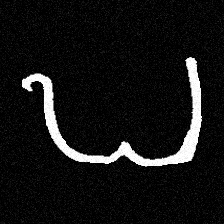
Pyu character \u2014 Myanmar letter: ဎ (romanized: ddha)